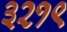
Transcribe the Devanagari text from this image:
३२१९